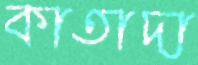
কাতাদা